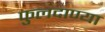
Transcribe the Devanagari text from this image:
फुलदाण्या